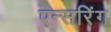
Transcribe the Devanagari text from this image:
एन्सरिंग